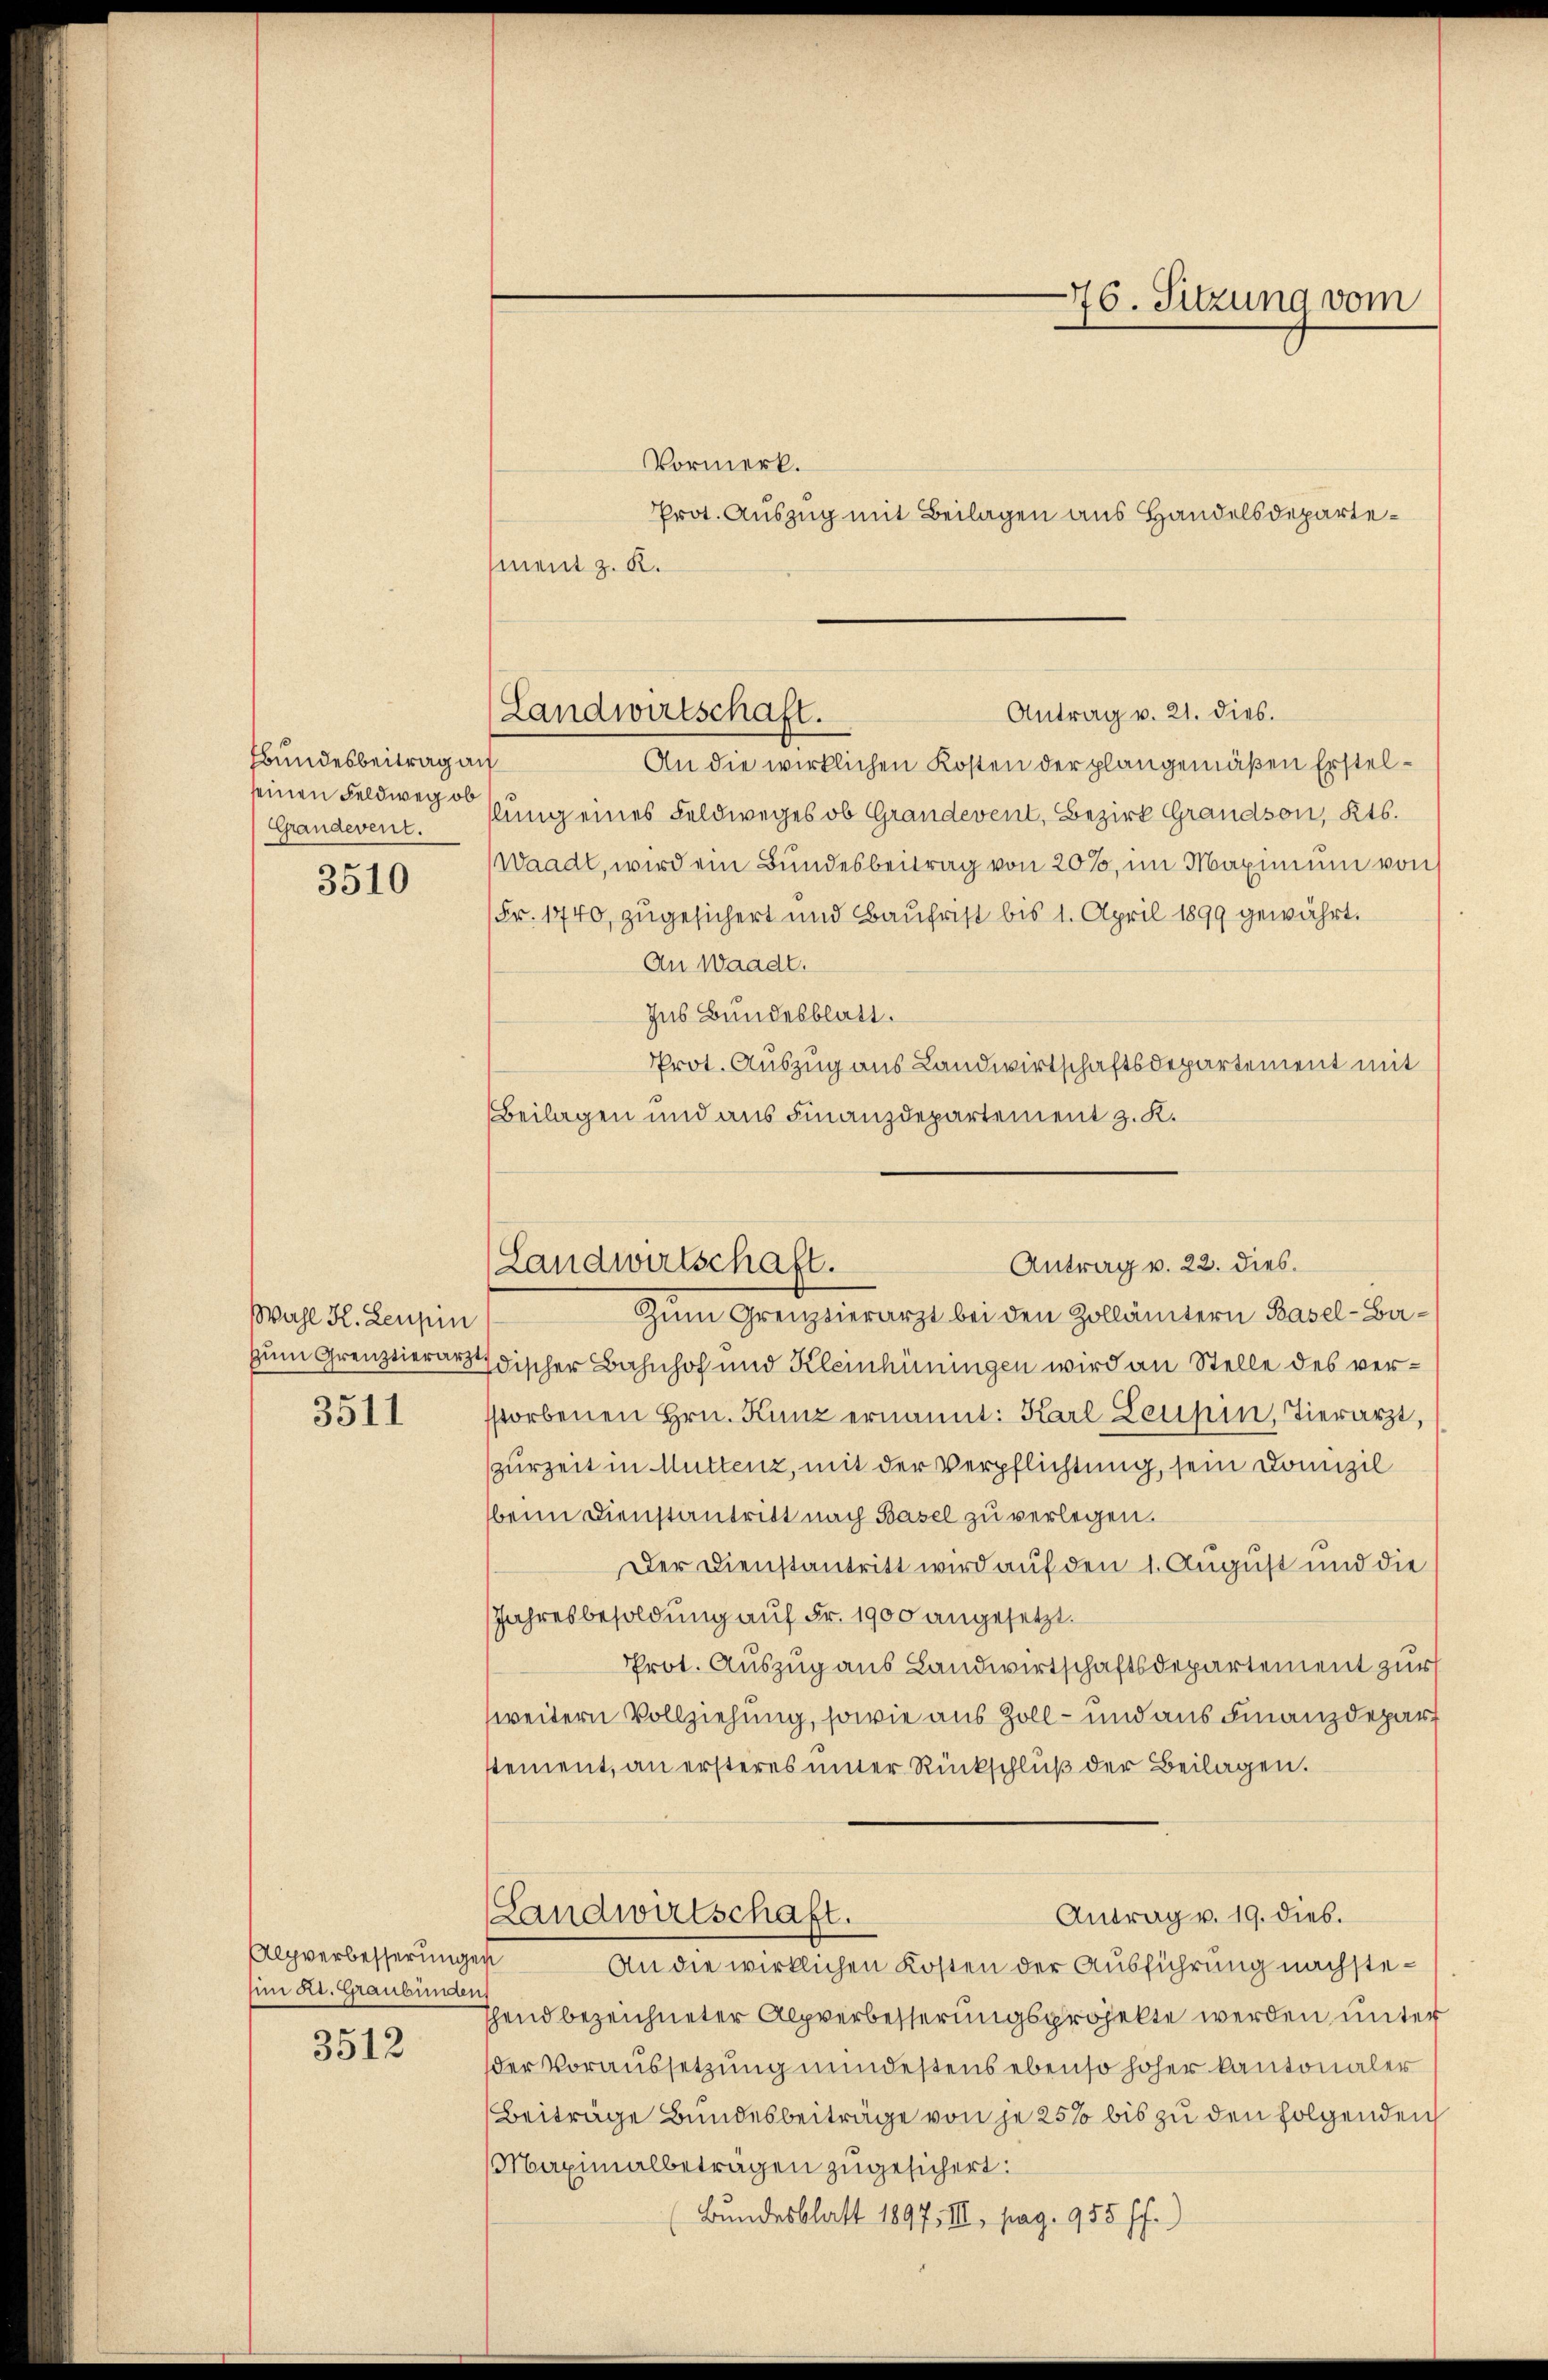
Bbundesbeitrag an
seinen Feldweg ob

3510

Wahl K.Zeupin
zum Grenztierarzt

3511

Alpverbesserungen
im Kt. Graubünden

3512

Vormerk.
Prot. Auszug mit Beilagen aus Handelsdepartement z. K.

Antrag v. 21. dies.
An die wirklichen Kosten der plangemäßen Erstel¬
Grandevent. slung eines Feldweges ob Grandevent, Bezirk Grandson, Kts.
Waadt, wird ein Bundesbeitrag von 20%, im Maximum von
(Fr. 1740, zugesichert und Baufrist bis 1. April 1899 gewährt.
An Waadt.
Ius Bundesblatt.
Prot. Auszug aus Landwirtschaftsdepartement mit
Beilagen und aus Finanzdepartement z. K.

Landwirtschaft.

Zum Grenztierarzt bei den Zollämtern Basel-Ba¬
Idischer Bahnhof und Kleinhüningen wird an Stelle des versstorbenen Hrn. Kunz ernannt: Karl Leuhin, Tierarzt,
zurZeit in Muttenz, mit der Verpflichtung, sein Domizil
beim Dienstantritt nach Basel zu verlegen.
Der Dienstantritt wird auf den 1. August und die
Jahresbesoldung auf Fr. 1900 angesetzt.
Prot. Auszug aus Landwirtschaftsdepartement zur
weitern Vollziehung, sowie aus Zoll- und aus Finanzdepart
stement, an ersteres inner Rückschluß der Beilagen.
Antrag v. 19. dies.
Landwirtschaft.
An die wirklichen Kosten der Ausführung nachsteshend bezeichneter Alpverbesserungsprojekte werden, unter
der Voraussetzung mindestens ebenso hoher kantonaler
Beiträge Bundesbeiträge von je 25% bis zu den folgenden
Maximalbeträgen zugesichert:
(Bundesblatt 1897, III, pag. 955 ff.)

76. Sitzung vom

Antrag v. 22. dies.
Landwirtschaft.